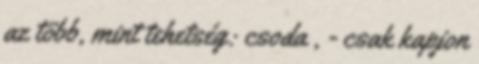
az több, mint tehetség: csoda , - csak kapjon